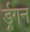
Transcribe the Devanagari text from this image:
र्ड्रगन